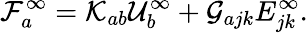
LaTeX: \mathcal{F}_{a}^{\infty}=\mathcal{K}_{ab}\mathcal{U}_{b}^{\infty}+\mathcal{G}_{ajk}E_{jk}^{\infty}.